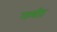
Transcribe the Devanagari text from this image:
गम्बीट